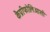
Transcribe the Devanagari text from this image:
कैप्रीफोलिआसी